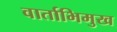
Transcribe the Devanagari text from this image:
वार्ताभिमुख